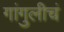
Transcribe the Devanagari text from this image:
गांगुलीचं